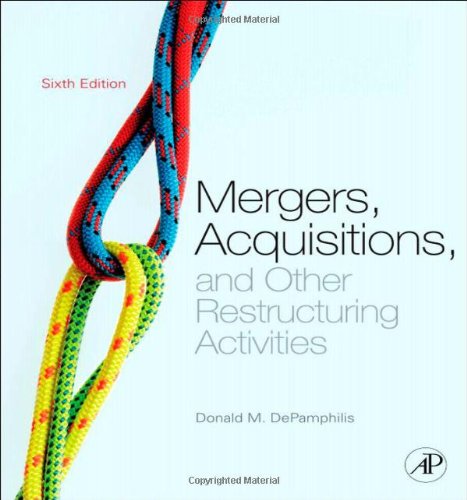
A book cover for Mergers, Acquisitions, and Other Restructuring Activities, Sixth Edition: An Integrated Approach to Process, Tools, Cases, and Solutions; Donald M. DePamphilis; Business & Money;